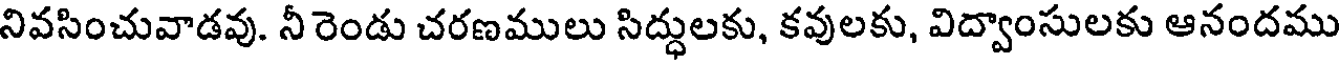
నివసించువాడవు. నీ రెండు చరణములు సిద్ధులకు, కవులకు, విద్వాంసులకు ఆనందము